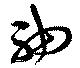
袖